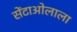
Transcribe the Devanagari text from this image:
सेंटाओलाला